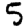
Digit: 5